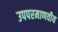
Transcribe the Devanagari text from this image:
उपपरमाणवीय